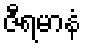
ဇီရမာနံ